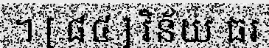
។ [ ៨៤ ] វិន័យ ធរ